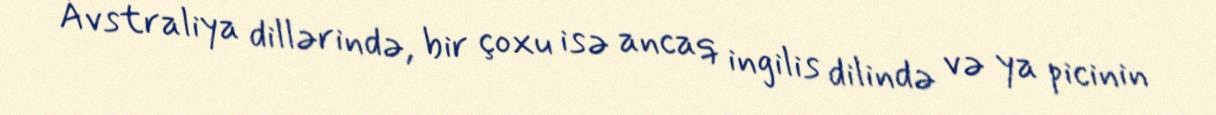
Avstraliya dillərində, bir çoxu isə ancaq ingilis dilində və ya picinin